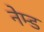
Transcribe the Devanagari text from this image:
नेम्‍ड